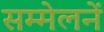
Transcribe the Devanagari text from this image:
सम्मेलनें